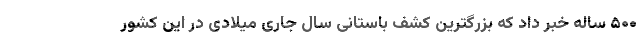
۵۰۰ ساله خبر داد که بزرگترین کشف باستانی سال جاری میلادی در این کشور